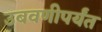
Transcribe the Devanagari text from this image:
उबवणीपर्यंत